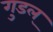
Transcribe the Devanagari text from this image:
गुडल्